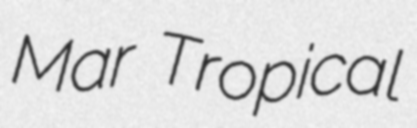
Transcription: Mar Tropical